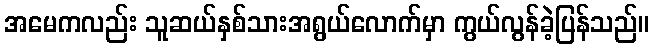
အမေကလည်း သူဆယ်နှစ်သားအရွယ်လောက်မှာ ကွယ်လွန်ခဲ့ပြန်သည်။